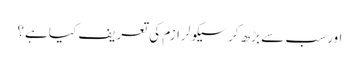
اور سب سے بڑھ کرسیکولرازم کی تعریف کیا ہے؟